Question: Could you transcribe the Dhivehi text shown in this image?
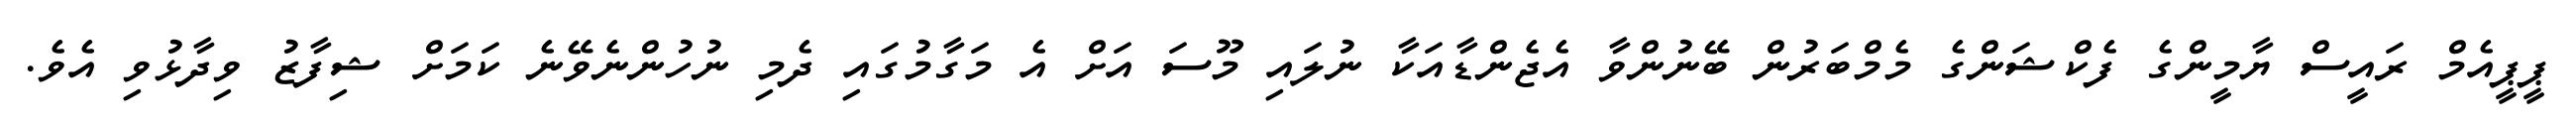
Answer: ޕީޕީއެމް ރައީސް ޔާމީންގެ ފެކްޝަންގެ މެމްބަރުން ބޭނުންވާ އެޖެންޑާއަކާ ނުލައި މޫސަ އަށް އެ މަގާމުގައި ދެމި ނުހުންނެވޭނެ ކަމަށް ޝިފާޒު ވިދާޅުވި އެވެ.